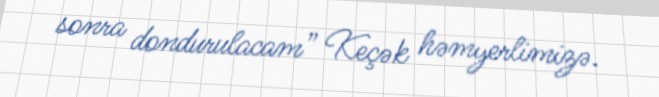
sonra dondurulacam” Keçək həmyerlimizə.